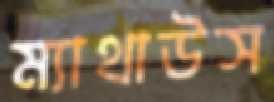
ম্যাথাউস